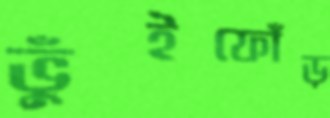
ভুঁইফোঁড়